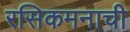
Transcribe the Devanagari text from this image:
रसिकमनाची